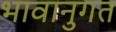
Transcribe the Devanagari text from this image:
भावानुगत